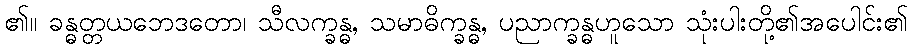
၏။ ခန္ဓတ္တယဘေဒတော၊ သီလက္ခန္ဓ, သမာဓိက္ခန္ဓ, ပညာက္ခန္ဓဟူသော သုံးပါးတို့၏အပေါင်း၏